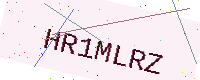
Text: HR1MLRZ